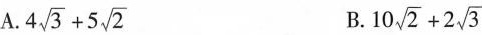
A. $$4 \sqrt{3}+5 \sqrt{2}$$ B. $$10 \sqrt{2}+2 \sqrt{3}$$